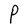
Character: P